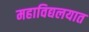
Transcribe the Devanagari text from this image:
महाविद्यलयात